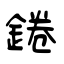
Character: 錈